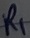
Text: R1